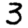
Digit: 3